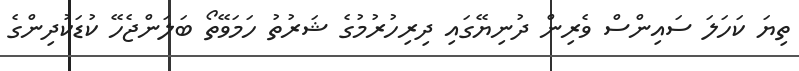
ތިޔަ ކަހަލަ ސައިންސް ވެރިން ދުނިޔޭގައި ދިރިހުރުމުގެ ޝަރުތު ހަމަވޭތޯ ބަލަންޖެހޭ ކުޑަކުދިންގެ